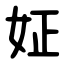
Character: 姃